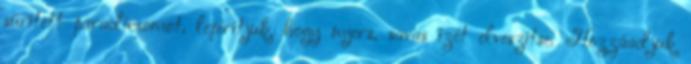
sűrített paradicsomot, lepirítjuk, hogy nyers, savas ízét elveszítse. Hozzáadjuk